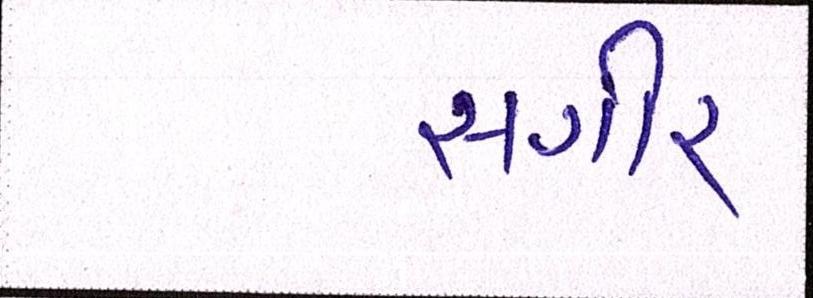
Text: સગીર